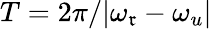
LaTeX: T=2\pi/|\omega_{\mathfrak{r}}-\omega_{u}|